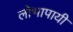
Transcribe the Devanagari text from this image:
लोभापायी